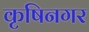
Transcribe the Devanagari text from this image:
कृषिनगर